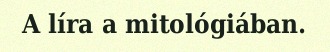
A líra a mitológiában.